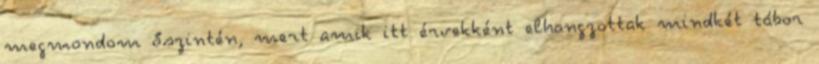
megmondom őszintén, mert amik itt érvekként elhangzottak mindkét tábor